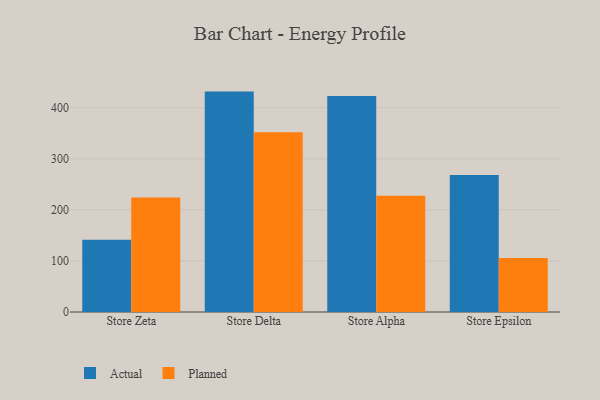
{"axis": {"x": "Store", "y": "Temperature (°C)"}, "legend": ["Actual", "Planned"], "data": [{"x": "Store Zeta", "y": 141.5, "type": "Actual"}, {"x": "Store Zeta", "y": 224.3, "type": "Planned"}, {"x": "Store Delta", "y": 431.5, "type": "Actual"}, {"x": "Store Delta", "y": 351.7, "type": "Planned"}, {"x": "Store Alpha", "y": 423.1, "type": "Actual"}, {"x": "Store Alpha", "y": 227.4, "type": "Planned"}, {"x": "Store Epsilon", "y": 268.4, "type": "Actual"}, {"x": "Store Epsilon", "y": 105.9, "type": "Planned"}]}